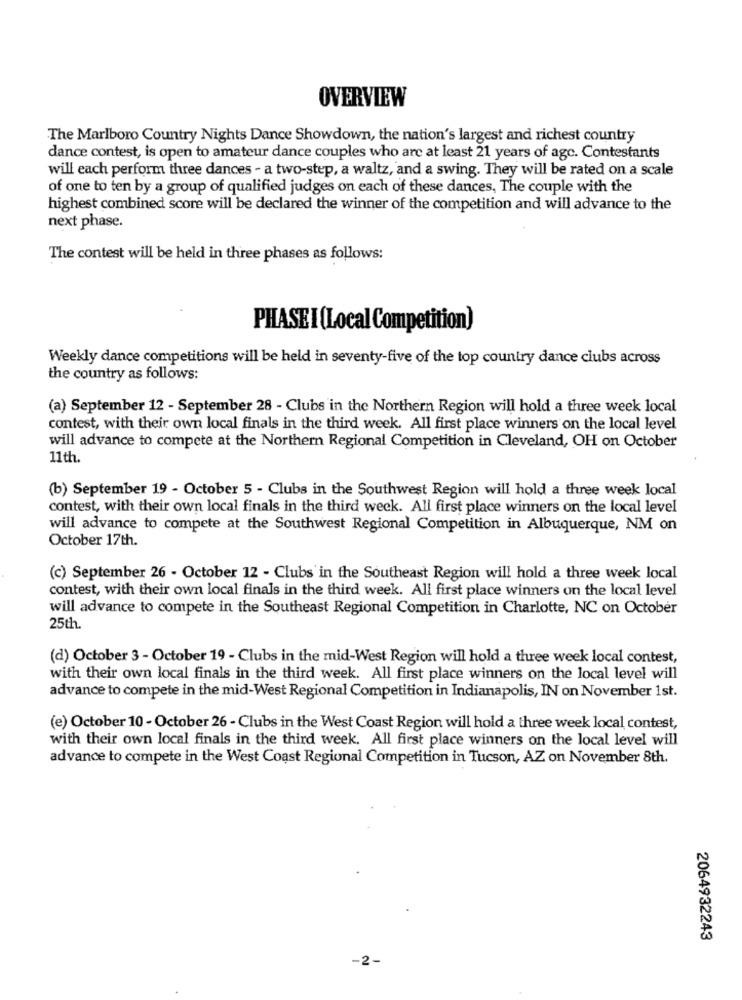
OVERVIEW
The Marlboro Country Nights Dance Showdown, the nation's largest and richest country
dance contest, is open to amateur dance couples who are at least 21 years of agc. Contestants
will each perform three dances - a two-step, a waltz, and a swing. They will be rated on a scale
of one to ten by a group of qualified judges on each of these dances, The couple with the
highest combined score will be declared the winner of the competition and will advance to the
next phase.
The contest will be held in three phases as follows:
PHASE I (Local Competition)
Weekly dance competitions will be held in seventy-five of the top country dance clubs across
the country as follows:
(a) September 12 - September 28 - Clubs in the Northern Region will hold a three week local
contest, with their own local finals in the third week. All first place winners on the local level
will advance to compete at the Northern Regional Competition in Cleveland, OH on October
11th.
(b) September 19 - October 5 - Clubs in the Southwest Region will hold a three week local
contest, with their own local finals in the third week. All first place winners on the local level
will advance to compete at the Southwest Regional Competition in Albuquerque, NM on
October 17th.
(c) September 26 - October 12 - Clubs in the Southeast Region will hold a three week local
contest, with their own local finals in the third week. All first place winners on the local level
will advance to compete in the Southeast Regional Competition in Charlotte, NC on October
25th.
(d) October 3 - October 19 - Clubs in the mid-West Region will hold a three week local contest,
with their own local finals in the third week. All first place winners on the local level will
advance to compete in the mid-West Regional Competition in Indianapolis, IN on November 1st.
(e) October 10 - October 26 - Clubs in the West Coast Region will hold a three week local contest,
with their own local finals in the third week. All first place winners on the local level will
advance to compete in the West Coast Regional Competition in Tucson, AZ on November 8th.
2064932243
-2-